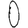
Digit: 0